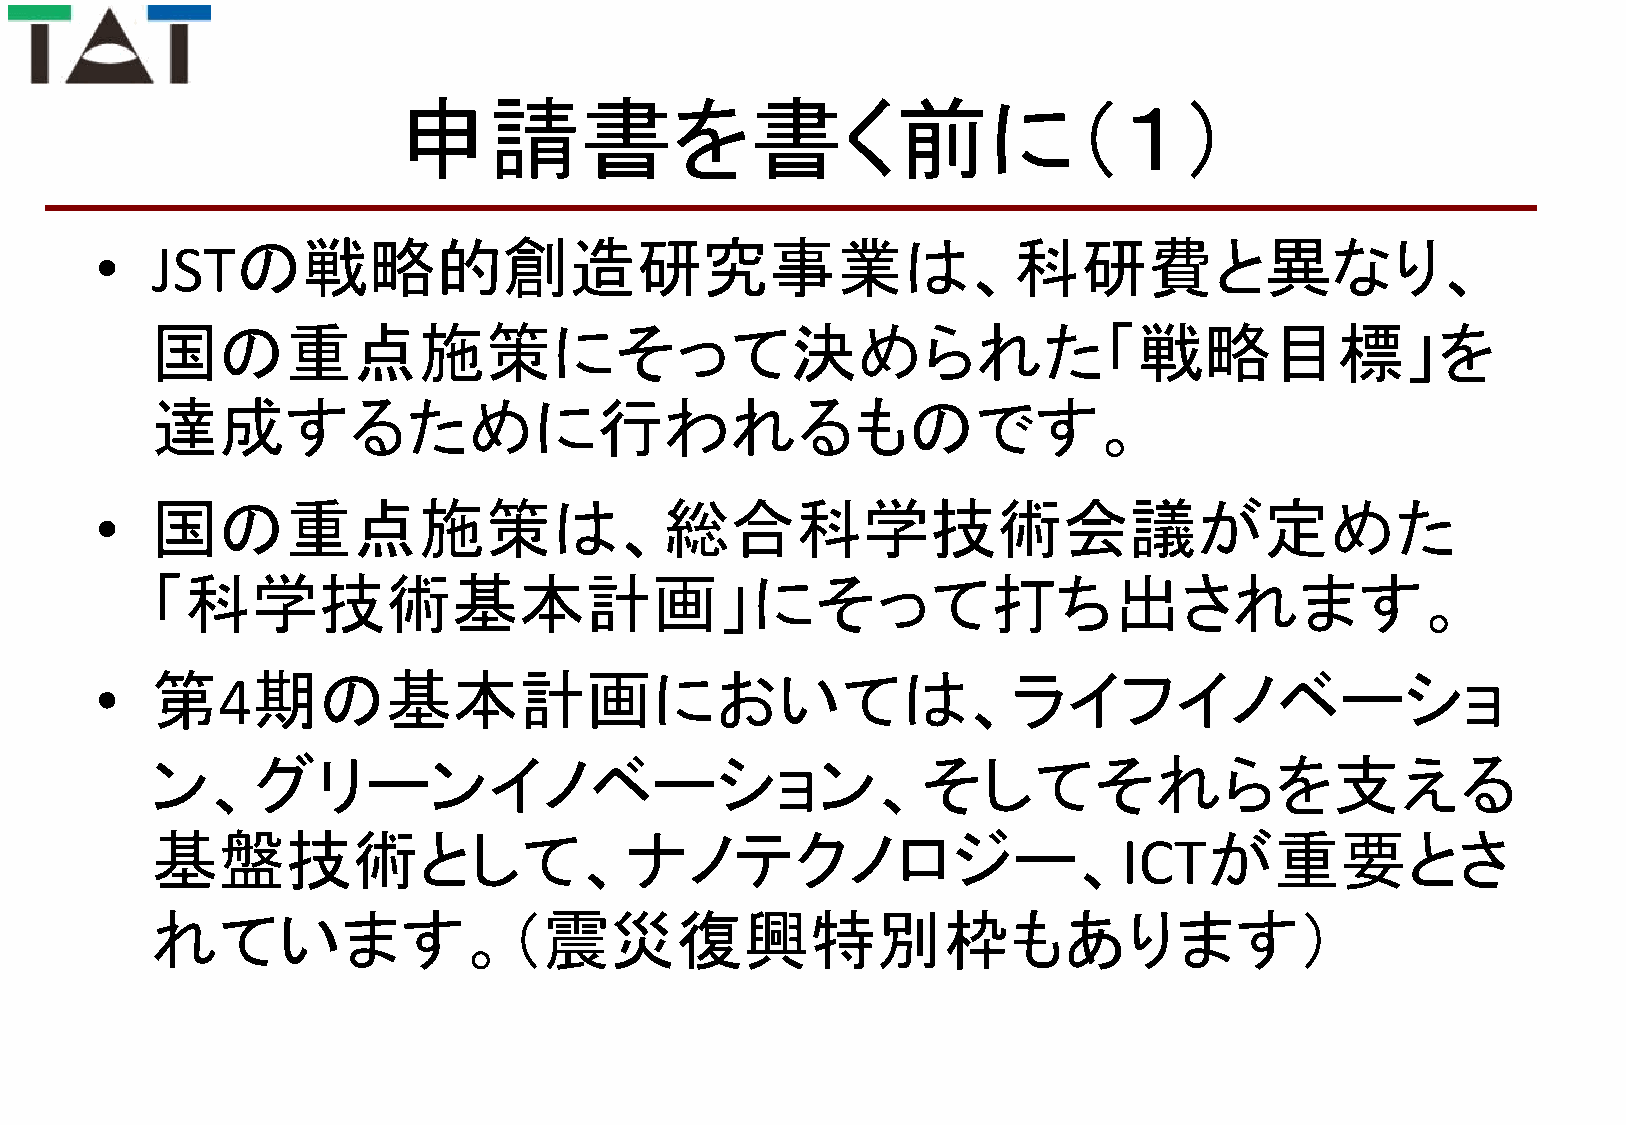
申請書を書く前に（１）
 •   JSTの戦略的創造研究事業は、科研費と異なり、
 国の重点施策にそって決められた「戦略目標」を
 達成するために行われるものです。
 •   国の重点施策は、総合科学技術会議が定めた
 「科学技術基本計画」にそって打ち出されます。
 •   第   4期の基本計画においては、ライフイノベーショ
 ン、グリーンイノベーション、そしてそれらを支える
 基盤技術として、ナノテクノロジー、                                                     が重要とさ
 ICT
 れています。（震災復興特別枠もあります）